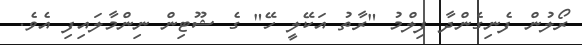
ރޯލުން ފެނިގެންދާ ފިލްމު "ރާތު އަކޭލީ ހޭ" ގެ ޝޫޓިން ނިންމާލައިފި އެވެ.